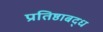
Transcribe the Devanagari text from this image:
प्रतिष्ठाबद्ध